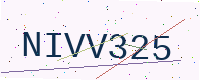
Text: NIVV325